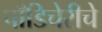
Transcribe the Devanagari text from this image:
पाँडिचेरीचे